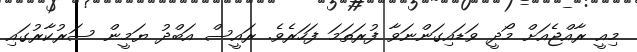
މިއީ ރާއްޖެއަށް މޯދީ ވަޑައިގަންނަވާ ފުރަތަމަ ފަހަރެވެ. ރައީސް އަބްދު ޔަމީން ސަރުކާރުގައި